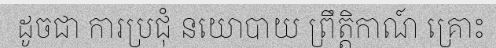
ដូចជា ការប្រជុំ នយោបាយ ព្រឹត្តិកាណ៍ គ្រោះ